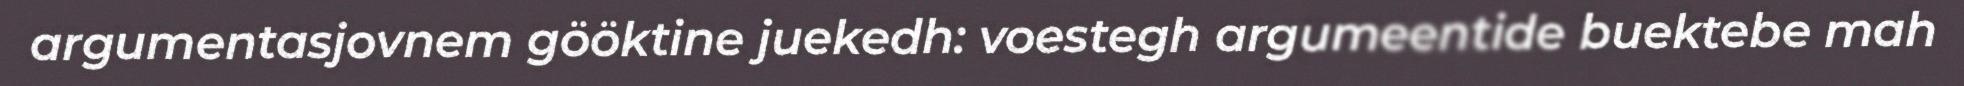
argumentasjovnem gööktine juekedh: voestegh argumeentide buektebe mah